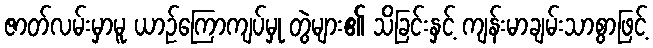
ဇာတ်လမ်းမှာမူ ယာဉ်ကြောကျပ်မှု တွဲများ၏ သိခြင်းနှင့် ကျန်းမာချမ်းသာစွာဖြင့်